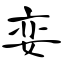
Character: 娈